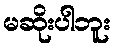
မဆိုးပါဘူး